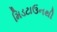
મિડટાઉનથી